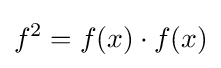
f^{2}=f(x)\cdot f(x)